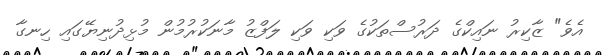
އެވެ" ޒާކިރު ނައިކްގެ ދަރުސްތަކުގެ ވަކި ވަކި ލަފްޒު މާނަކުރުމުން މުޅިދުނިޔޭގައި ހިނގާ